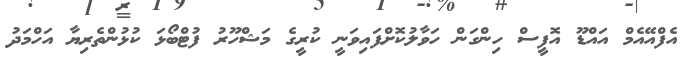
އެފްއޭއެމް އައްޑޫ އޮފީސް ހިންގަން ހަވާލުކޮށްފައިވަނީ ކުރީގެ މަޝްހޫރު ފުޓްބޯޅަ ކުޅުންތެރިޔާ އަހްމަދު